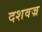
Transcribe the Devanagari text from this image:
दशवज्र